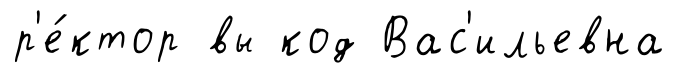
р'е́ктор вы код Вас'ильевна